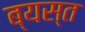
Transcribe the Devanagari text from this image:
ब्यस्त